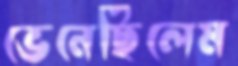
ভেনেছিলেম